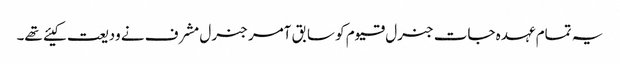
یہ تمام عہدہ جات جنرل قیوم کو سابق آمر جنرل مشرف نے ودیعت کیئے تھے۔